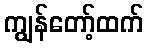
ကျွန်တော့်ထက်